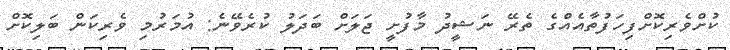
ކުށްވެރިކޮށްފިހަފުތާއެއްގެ ތެރޭ ނަޝީދު މާފުށީ ޖަލަށް ބަދަލު ކުރެވޭނެ: އުމަރުމި ވެރިކަން ބަލިކޮށް